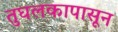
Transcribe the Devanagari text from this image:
तुघलकापासून